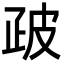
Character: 𭼀